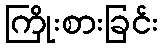
ကြိုးစားခြင်း